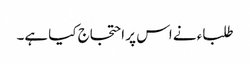
طلباء نے اس پر احتجاج کیا ہے۔